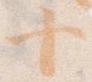
十